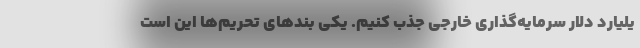
یلیارد دلار سرمایه‌گذاری خارجی جذب کنیم. یکی بندهای تحریم‌ها این است